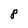
Character: P